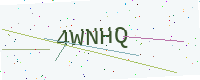
Text: 4WNHQ